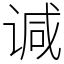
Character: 𫍯